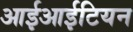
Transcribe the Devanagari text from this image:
आईआईटियन